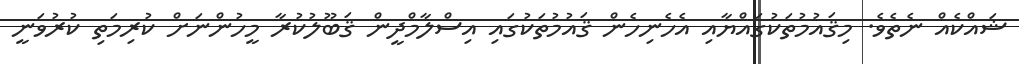
ޝައްކެއް ނެތެވެ. މިޤައުމުތަކުގައްޔާއި އެހެނިހެން ޤައުމުތަކުގައި އިސްލާމްދީން ޤަބޫލުކުރާ މީހުންނަށް ކުރިމަތި ކުރުވަނީ